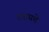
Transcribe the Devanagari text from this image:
रंगायचे